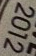
2012